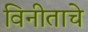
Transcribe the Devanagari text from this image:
विनीताचे